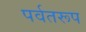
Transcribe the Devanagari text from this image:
पर्वतरूप